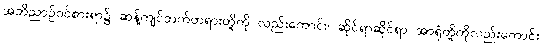
အဘိညာဉ်ဝင်စားရာ၌ ဆန့်ကျင်ဘက်တရားတို့ကို လည်းကောင်း၊ ဆိုင်ရာဆိုင်ရာ အာရုံတို့ကိုလည်းကောင်း